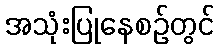
အသုံးပြုနေစဉ်တွင်